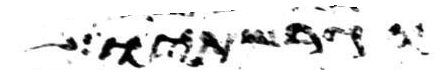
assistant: וגרשתיו